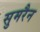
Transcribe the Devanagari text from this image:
सुमरैन